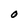
Character: O